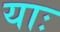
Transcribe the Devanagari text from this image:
याः